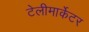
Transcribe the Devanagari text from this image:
टेलीमार्केटर